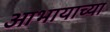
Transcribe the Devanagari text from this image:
आभायाच्या